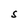
Character: S